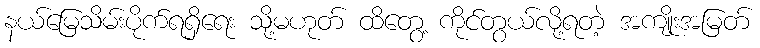
နယ်မြေသိမ်းပိုက်ရရှိရေး သို့မဟုတ် ထိတွေ့ ကိုင်တွယ်လို့ရတဲ့ အကျိုးအမြတ်